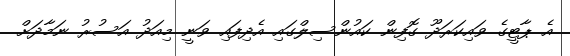
އެ ޕާޓީގެ ވައިކަރަދޫ ގޮފިން ކައުންސިލްގައި އެދިފައި ވަނީ މިއަދު އަސުރު ނަމާދަށް